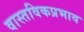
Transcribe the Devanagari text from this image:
वास्तविकप्रभाव